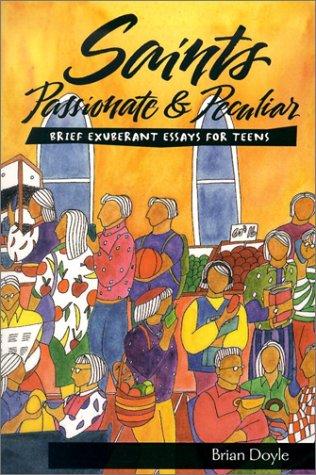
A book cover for Saints Passionate & Peculiar: Brief Exuberant Essays for Teens; Brian Doyle; Teen & Young Adult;